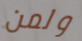
ولمن